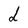
Character: d